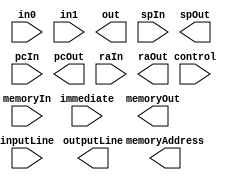

module L_ALU_Template (control, immediate, in0, in1, out, spIn, spOut, pcIn, pcOut, raIn, raOut, memoryAddress, memoryIn, memoryOut, inputLine, outputLine);

// Handles ?????????????????
// Control bits: instruction[:]
// Immediate bits: instruction[:]

	input [999:0] control;
	input [999:0] immediate;
	
	input [15:0] in0;
	input [15:0] in1;
	input [15:0] spIn;
	input [15:0] pcIn;
	input [15:0] raIn;
	input [15:0] memoryIn;
	
	output [15:0] out;
	output [15:0] spOut;
	output [15:0] pcOut;
	output [15:0] raOut;
	output [15:0] memoryAddress;
	output [15:0] memoryOut;
	
	
	input [15:0] inputLine;
	output [15:0] outputLine;
	
endmodule